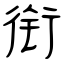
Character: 衔